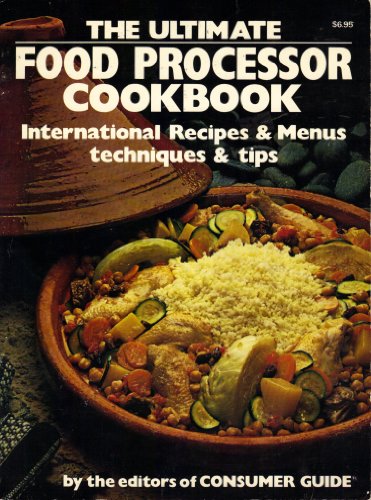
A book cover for The Ultimate Food Processor Cookbook; Consumer Guide; Cookbooks, Food & Wine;